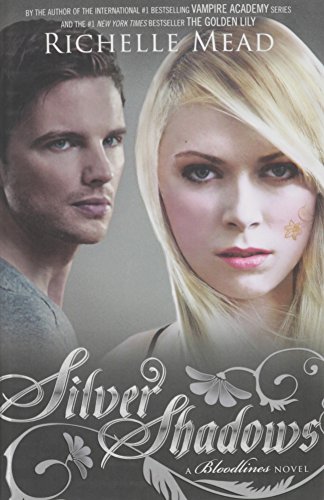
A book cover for Silver Shadows: A Bloodlines Novel; Richelle Mead; Teen & Young Adult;